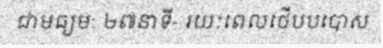
ជាមធ្យម: ២៧នាទី- រយៈពេលថើបបបោស